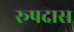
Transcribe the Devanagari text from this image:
रूपदास